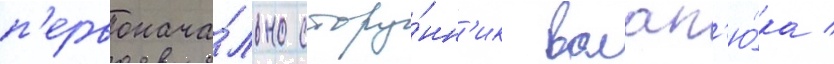
п'ервонача́льно сторо́нн'ик волап'ю́ка /